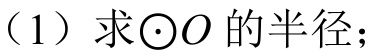
（1）求\(\odot O\) 的半径；